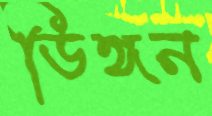
ডিঙ্গন